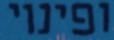
ופינוי